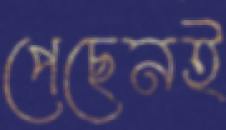
পেছেনই